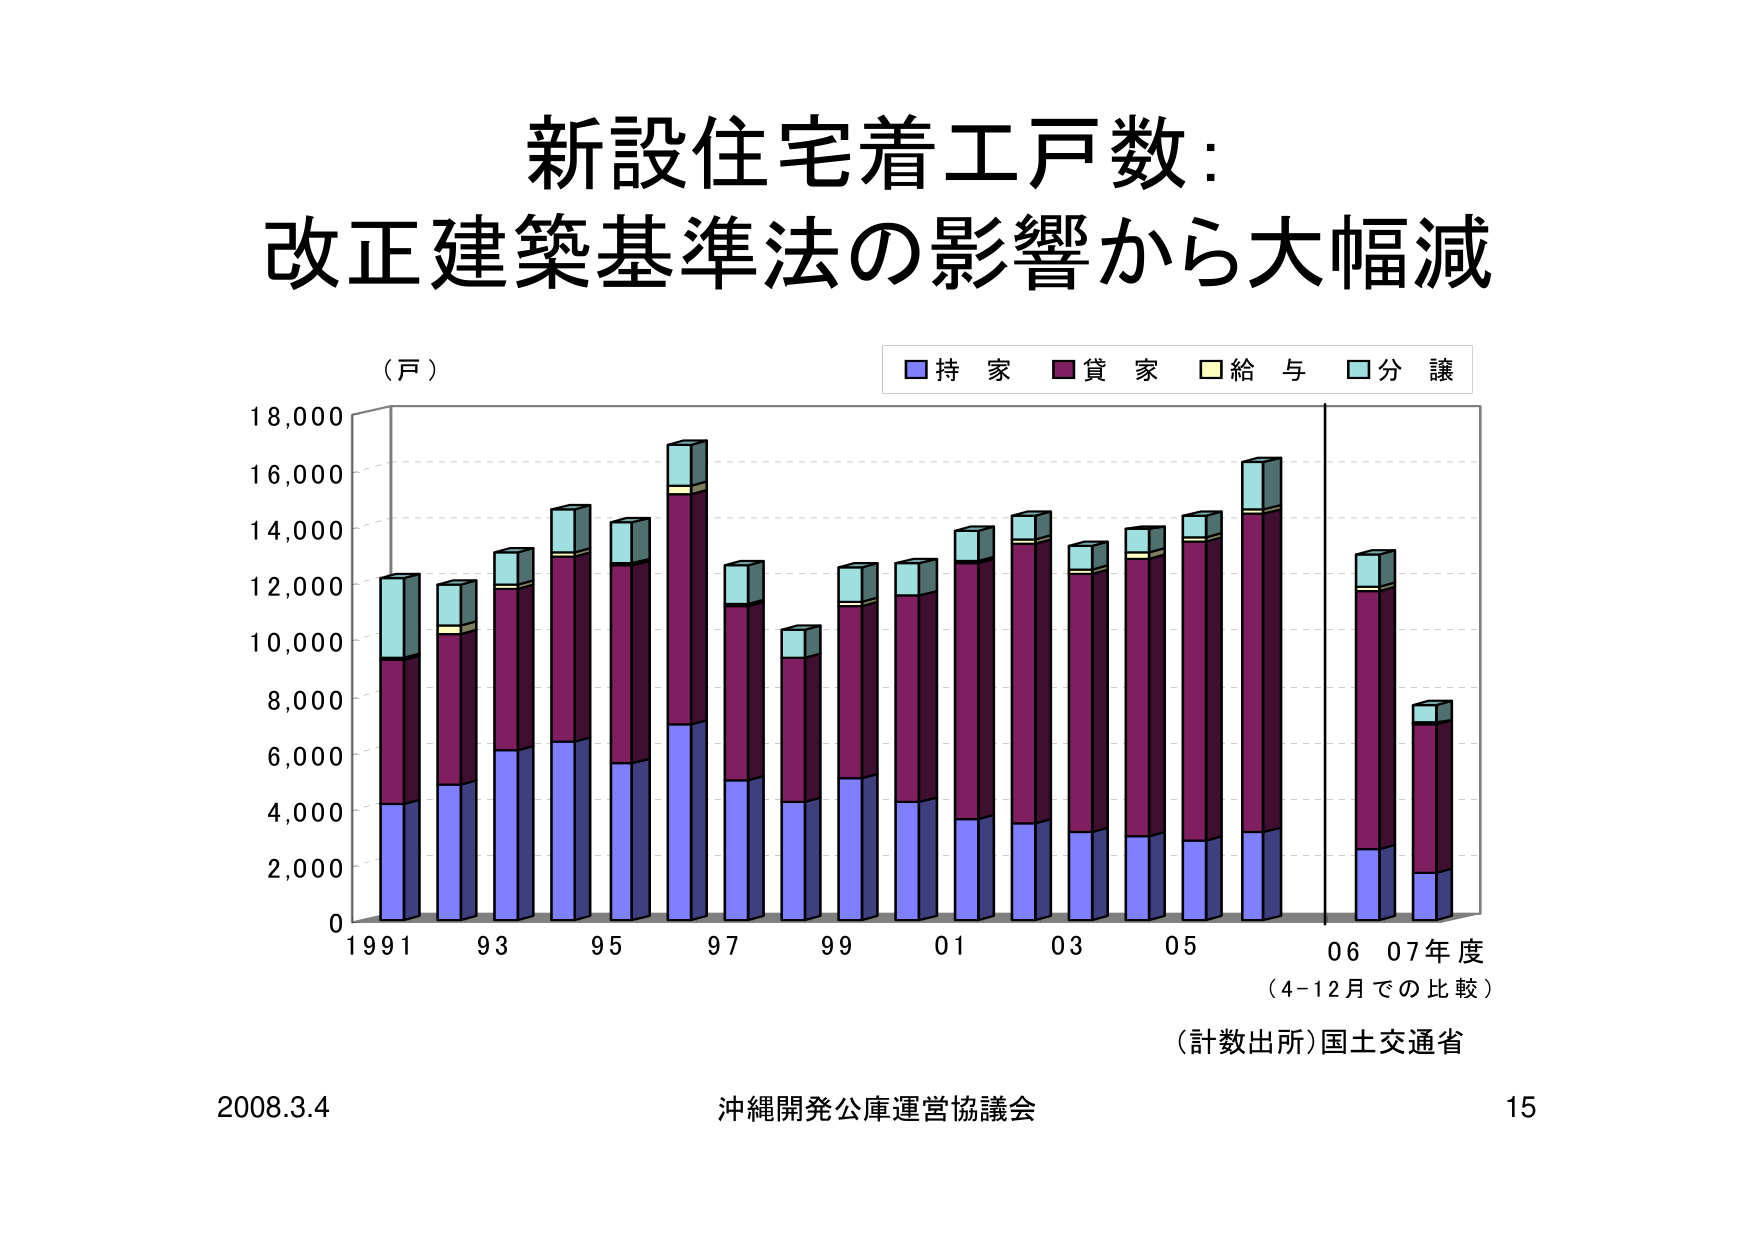
新設住宅着工戸数：
改正建築基準法の影響から大幅減

（戸）

■持家 ■貸家 ■給与 ■分譲

18,000
16,000
14,000
12,000
10,000
8,000
6,000
4,000
2,000
0

1991 93 95 97 99 01 03 05 06 07年度
（4-12月での比較）

（計数出所）国土交通省

2008.3.4 沖縄開発公庫運営協議会 15